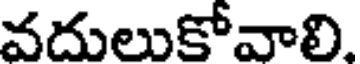
వదులుకోవాలి.